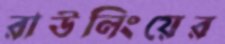
রাউলিংয়ের